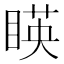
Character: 䁐